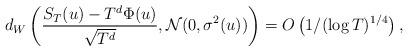
LaTeX: \begin{align*}d_W \left ( \frac{S_T(u) - T^d\Phi(u)}{\sqrt{T^d}}, \mathcal N(0,\sigma^2(u))\right) = O\left (1/(\log T)^{1/4}\right ),\end{align*}